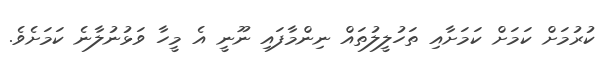
ކުރުމަށް ކަމަށް ކަމަށާއި ތަހުލީލުތައް ނިންމާފައި ނޫނީ އެ މީހާ ވަޅުނުލާނެ ކަމަށެވެ.